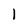
Character: 1